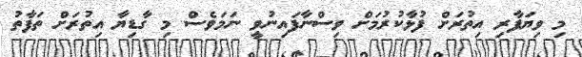
މި ވިޔަފާރި އިތުރަށް ފުޅާކުރުމަށް ވިސްނާފައިނުވީ ނަމަވެސް މި ގާޑިޔާ އިތުރަށް ތަފާތު